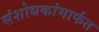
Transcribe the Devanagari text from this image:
संशोधकांमार्फत